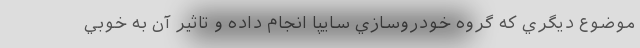
موضوع ديگري كه گروه خودروسازي سايپا انجام داده و تاثير آن به خوبي